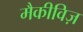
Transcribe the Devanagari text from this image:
मैकीविज़